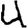
Digit: 4